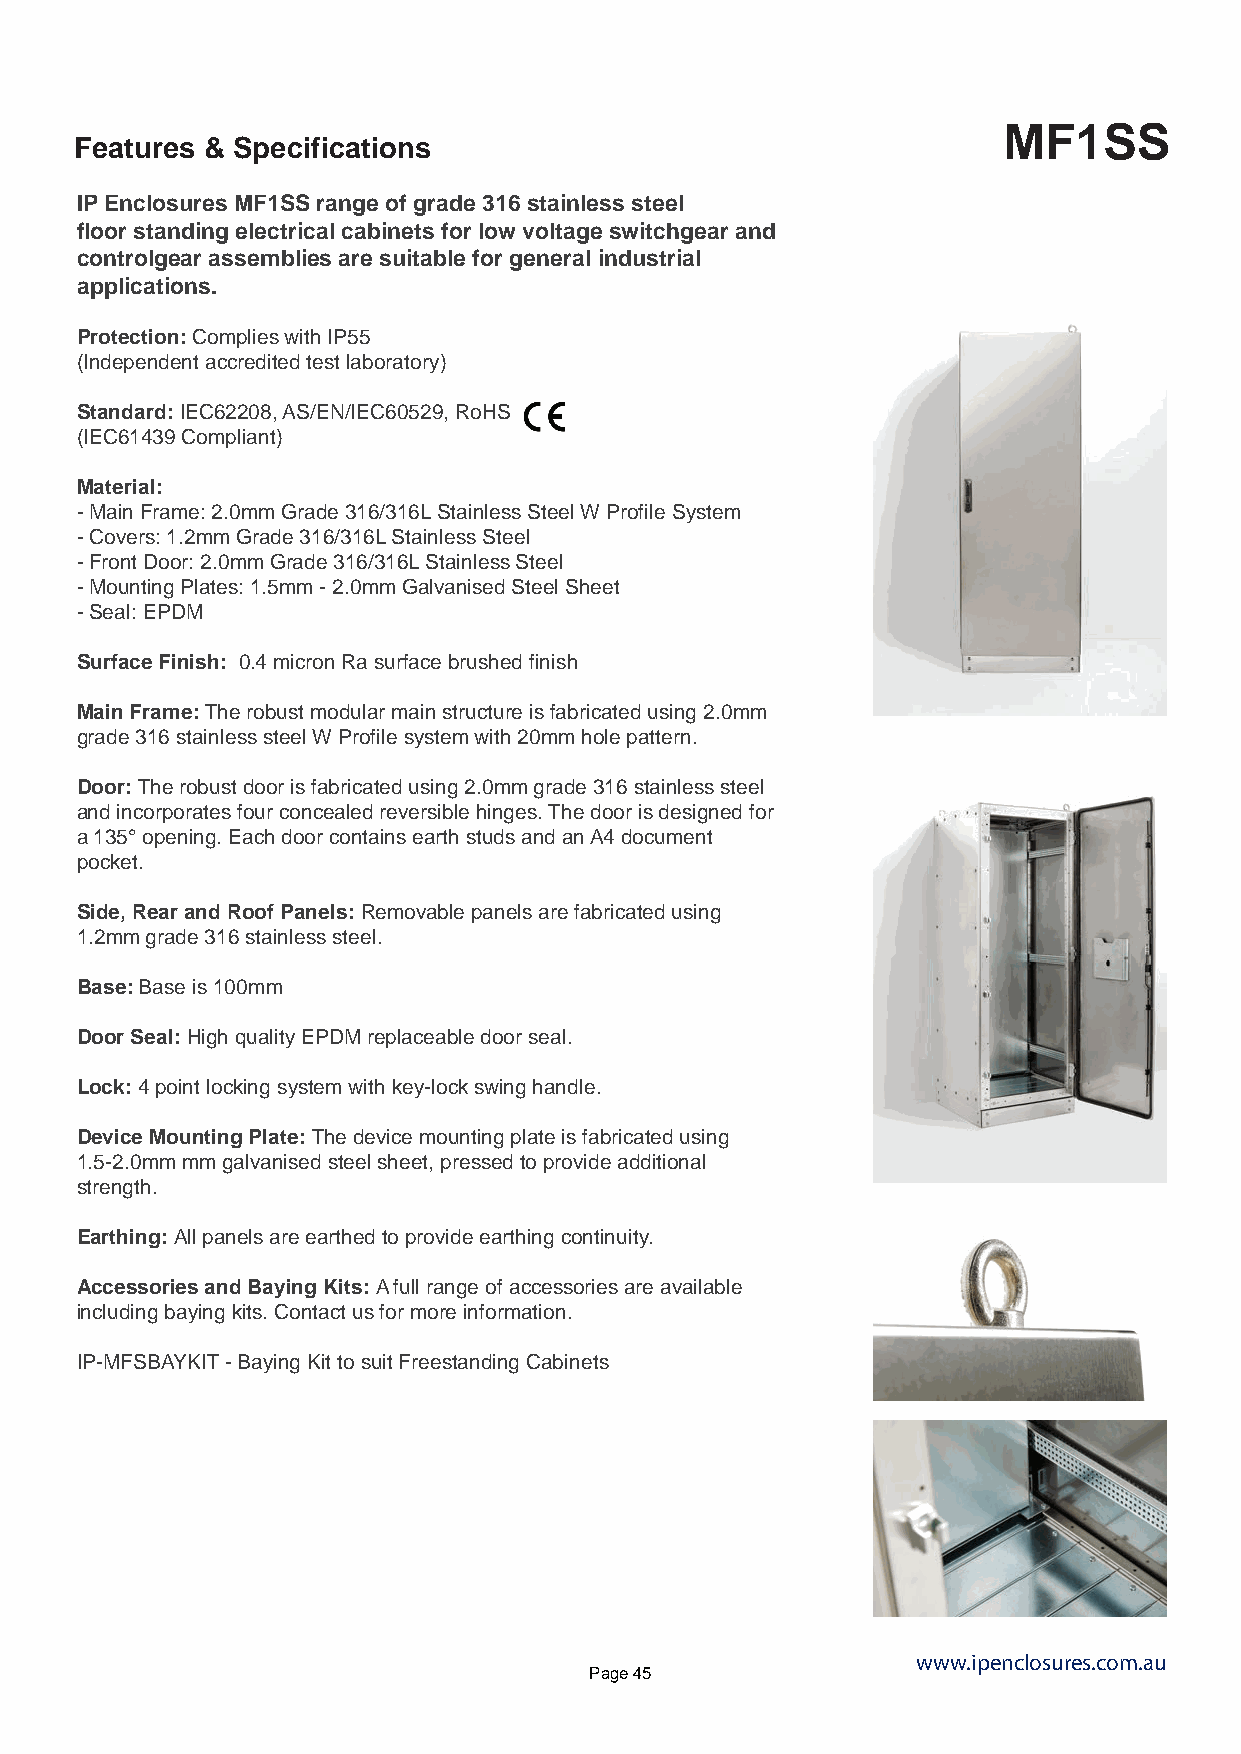
MF1SS
 Features & Specifications
 IP Enclosures MF1SS range of grade 316 stainless steel
 floor standing electrical cabinets for low voltage switchgear and
 controlgear assemblies are suitable for general industrial
 applications.
 Protection: Complies with IP55
 (Independent accredited test laboratory)
 Standard: IEC62208, AS/EN/IEC60529, RoHS
 (IEC61439 Compliant)
 Material:
 - Main Frame: 2.0mm Grade 316/316L Stainless Steel W Profile System
 - Covers: 1.2mm Grade 316/316L Stainless Steel
 - Front Door: 2.0mm Grade 316/316L Stainless Steel
 - Mounting Plates: 1.5mm - 2.0mm Galvanised Steel Sheet
 - Seal: EPDM
 Surface Finish: 0.4 micron Ra surface brushed finish
 Main Frame: The robust modular main structure is fabricated using 2.0mm
 grade 316 stainless steel W Profile system with 20mm hole pattern.
 Door: The robust door is fabricated using 2.0mm grade 316 stainless steel
 and incorporates four concealed reversible hinges. The door is designed for
 a 135° opening. Each door contains earth studs and an A4 document
 pocket.
 Side, Rear and Roof Panels: Removable panels are fabricated using
 1.2mm grade 316 stainless steel.
 Base: Base is 100mm
 Door Seal: High quality EPDM replaceable door seal.
 Lock: 4 point locking system with key-lock swing handle.
 Device Mounting Plate: The device mounting plate is fabricated using
 1.5-2.0mm mm galvanised steel sheet, pressed to provide additional
 strength.
 Earthing: All panels are earthed to provide earthing continuity.
 Accessories and Baying Kits: A full range of accessories are available
 including baying kits. Contact us for more information.
 IP-MFSBAYKIT - Baying Kit to suit Freestanding Cabinets
 www.ipenclosures.com.au
 Page 45